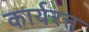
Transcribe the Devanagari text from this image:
कार्यरत्त